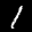
Label: 1